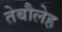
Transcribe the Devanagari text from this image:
तेबौलेह